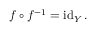
f \circ f ^ { - 1 } = \operatorname { i d } _ { Y } .